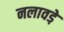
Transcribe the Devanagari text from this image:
नलावडे़